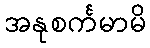
အနုစင်္ကမာမိ